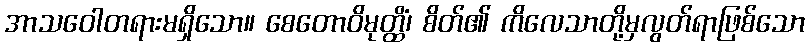
အာသဝေါတရားမရှိသော။ စေတောဝိမုတ္ထိံ၊ စိတ်၏ ကိလေသာတို့မှလွတ်ရာဖြစ်သော